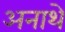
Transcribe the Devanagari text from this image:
अनाथे